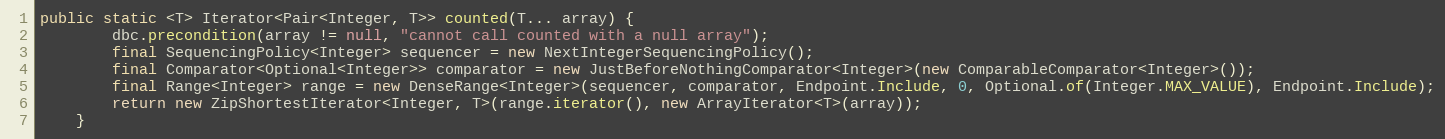
Language: Java
public static <T> Iterator<Pair<Integer, T>> counted(T... array) {
        dbc.precondition(array != null, "cannot call counted with a null array");
        final SequencingPolicy<Integer> sequencer = new NextIntegerSequencingPolicy();
        final Comparator<Optional<Integer>> comparator = new JustBeforeNothingComparator<Integer>(new ComparableComparator<Integer>());
        final Range<Integer> range = new DenseRange<Integer>(sequencer, comparator, Endpoint.Include, 0, Optional.of(Integer.MAX_VALUE), Endpoint.Include);
        return new ZipShortestIterator<Integer, T>(range.iterator(), new ArrayIterator<T>(array));
    }